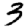
Digit: 3